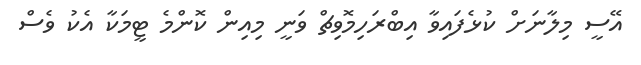
އޭސީ މިލާނަށް ކުޅެފައިވާ އިބްރަހިމޮވިޗް ވަނީ މިއިން ކޮންމެ ޓީމަކާ އެކު ވެސް